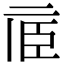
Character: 𠄱